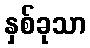
နှစ်ခုသာ